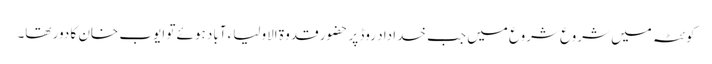
کوئٹہ میں شروع شروع میں جب خدا داد روڈ پر حضور قدوۃ الاولیاء آباد ہوئے تو ایوب خان کا دور تھا۔